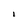
Character: l